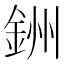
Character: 銂